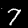
Digit: 7